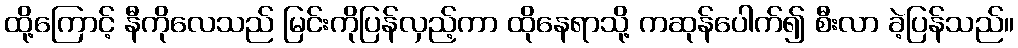
ထို့ကြောင့် နီကိုလေသည် မြင်းကိုပြန်လှည့်ကာ ထိုနေရာသို့ ကဆုန်ပေါက်၍ စီးလာ ခဲ့ပြန်သည်။